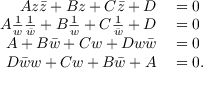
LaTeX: \begin{array} { r l } { A z { \bar { z } } + B z + C { \bar { z } } + D } & { { } = 0 } \\ { A { \frac { 1 } { w } } { \frac { 1 } { \bar { w } } } + B { \frac { 1 } { w } } + C { \frac { 1 } { \bar { w } } } + D } & { { } = 0 } \\ { A + B { \bar { w } } + C w + D w { \bar { w } } } & { { } = 0 } \\ { D { \bar { w } } w + C w + B { \bar { w } } + A } & { { } = 0 . } \end{array}